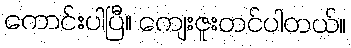
ကောင်းပါပြီ။ ကျေးဇူးတင်ပါတယ်။